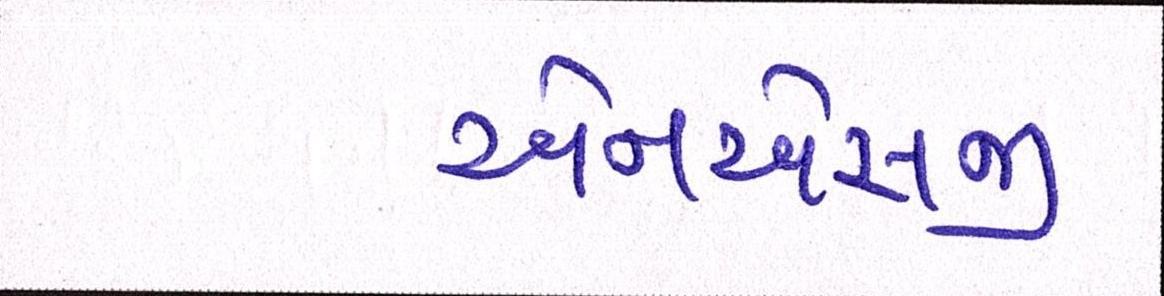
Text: એનએસજી